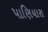
પાણિયારા